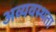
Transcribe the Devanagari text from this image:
अव्यवस्थता